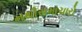
નથીસમાચારો